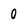
Character: 0